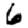
Digit: 6